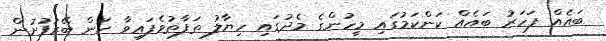
ބައެއް ފަހަރު ބައެއް ކަންކަމުގައި މީހުންގެ މެދުގައި ހިޔާލު ތަފާތުވެފައިވާ ކަން ބޭރުފުށުން